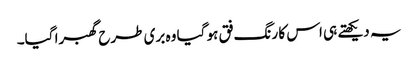
یہ دیکھتے ہی اس کا رنگ فق ہو گیا وہ بری طرح گھبرا گیا۔